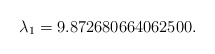
\begin{align*}\lambda_1 = 9.872680664062500.\end{align*}